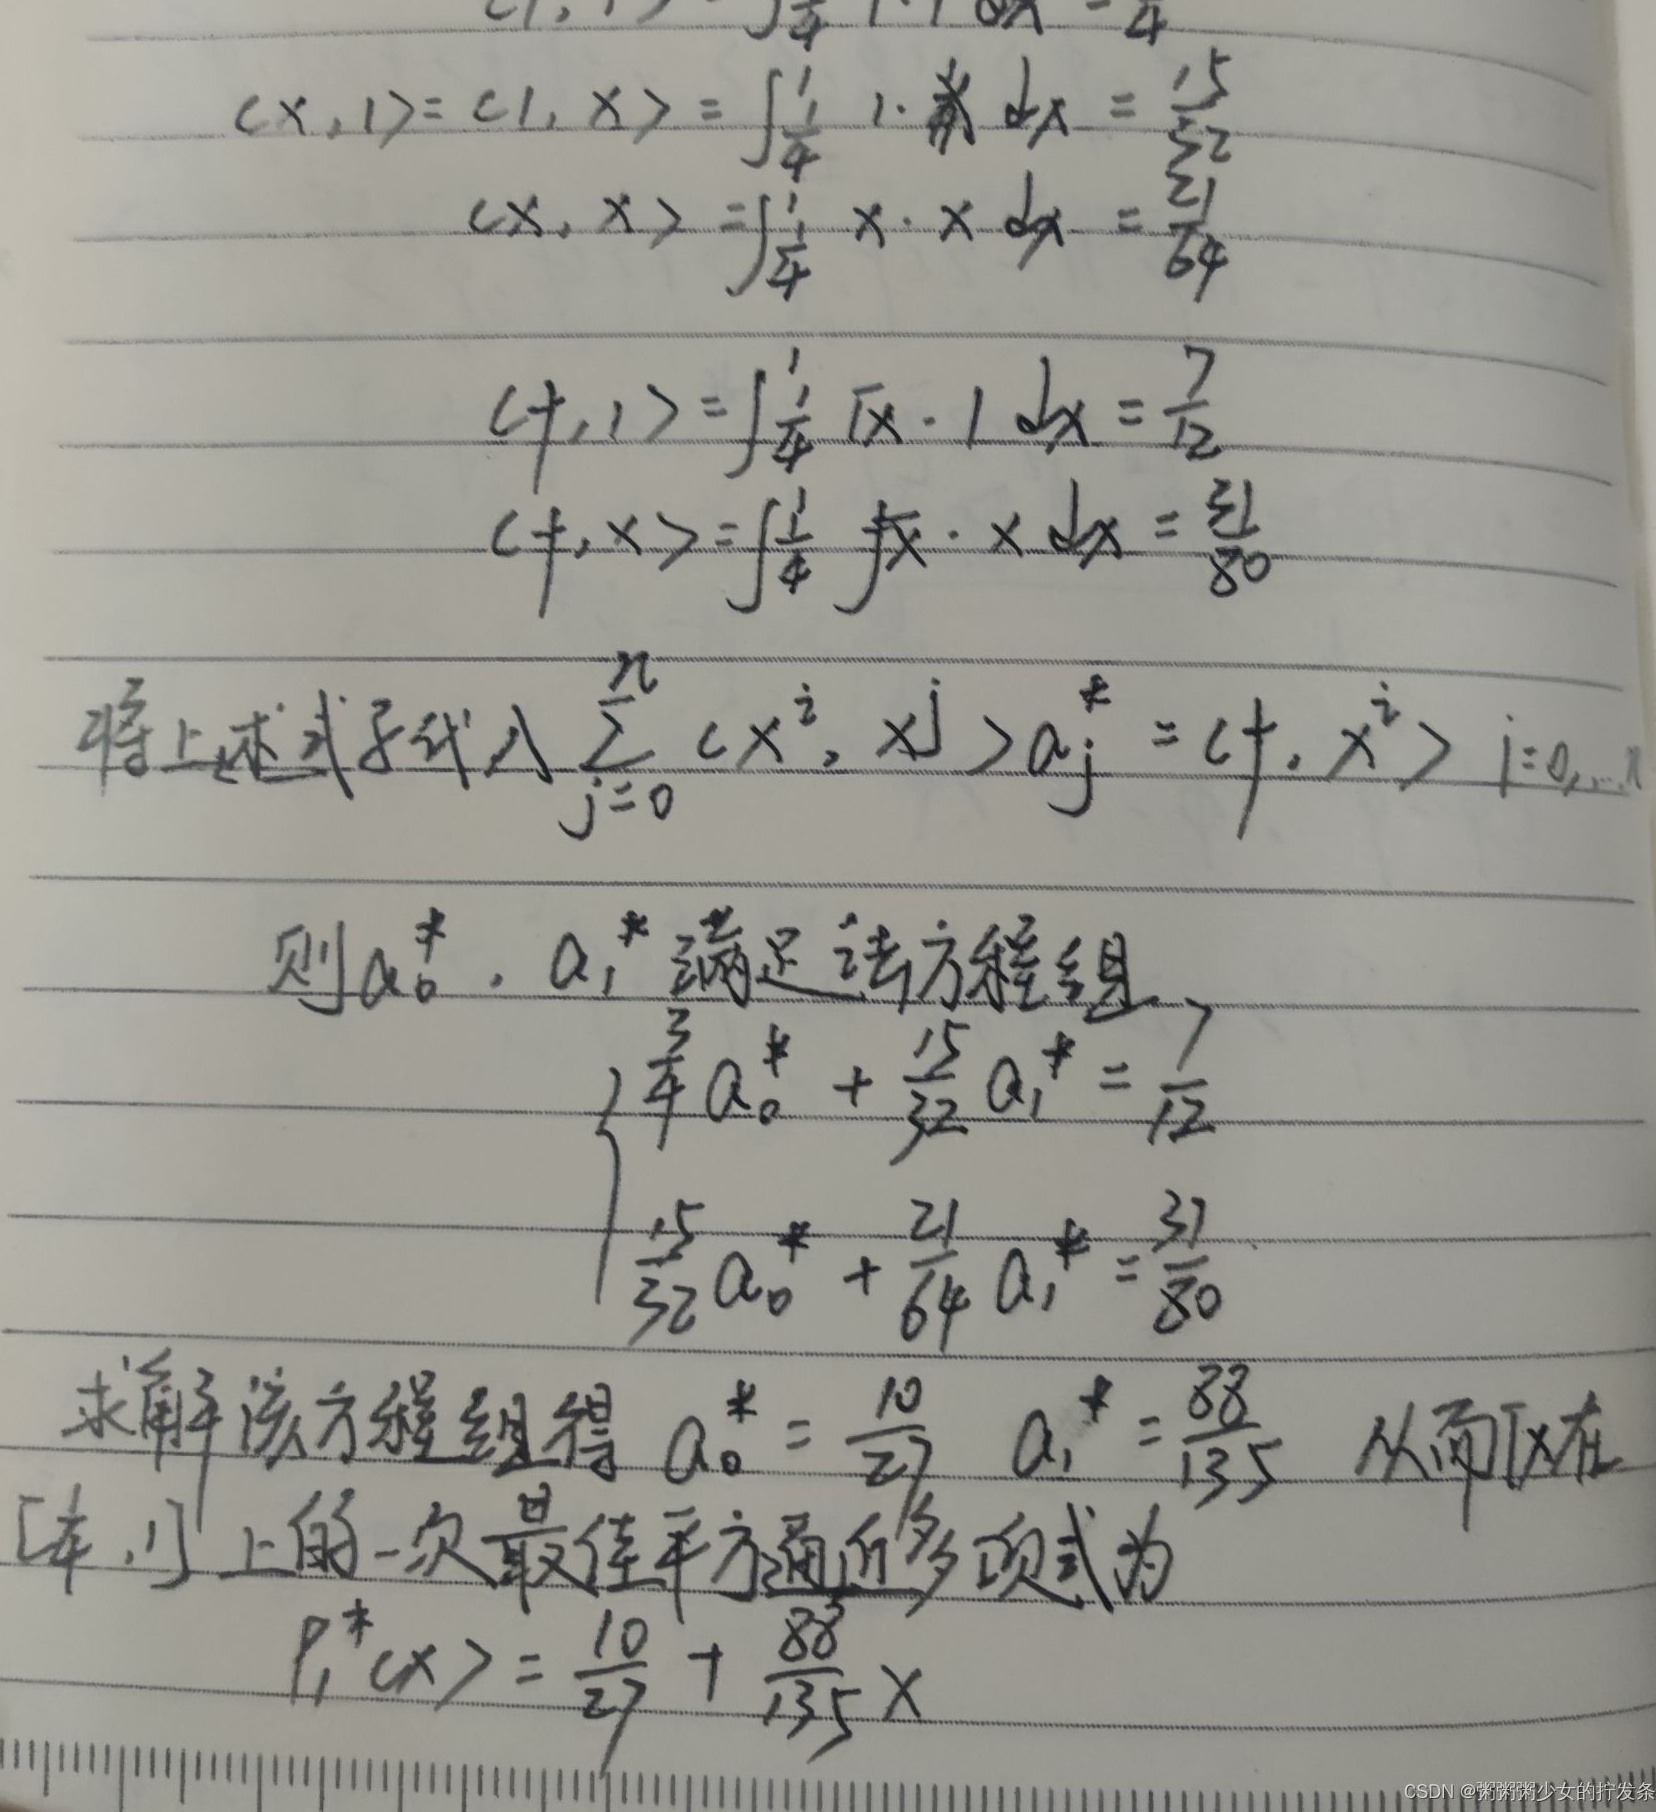
将上述式子代入\(\sum_{j = 0}^{1}\langle x^{2},x^{j}\rangle a_{j}^{*}=\langle\sqrt{x},x^{2}\rangle\)（\(j = 0,1\)），则\(a_{0}^{*},a_{1}^{*}\)满足法方程组：
\[
\begin{cases}
\frac{3}{4}a_{0}^{*}+\frac{15}{32}a_{1}^{*}=\frac{7}{12}\\
\frac{15}{32}a_{0}^{*}+\frac{21}{64}a_{1}^{*}=\frac{31}{80}
\end{cases}
\]
求解该方程组得\(a_{0}^{*}=\frac{10}{27},a_{1}^{*}=\frac{88}{135}\)，从而在\([\frac{1}{4},1]\)上的一次最佳平方逼近多项式为
\[
P_{1}^{*}(x)=\frac{10}{27}+\frac{88}{135}x
\]
\[
\begin{align*}
\langle x,1\rangle&=\langle1,x\rangle=\int_{\frac{1}{4}}^{1}1\cdot xdx=\frac{15}{32}\\
\langle x,x\rangle&=\int_{\frac{1}{4}}^{1}x\cdot xdx = \frac{21}{64}\\
\langle\sqrt{x},1\rangle&=\int_{\frac{1}{4}}^{1}\sqrt{x}\cdot1dx=\frac{7}{12}\\
\langle\sqrt{x},x\rangle&=\int_{\frac{1}{4}}^{1}\sqrt{x}\cdot xdx=\frac{31}{80}
\end{align*}
\]